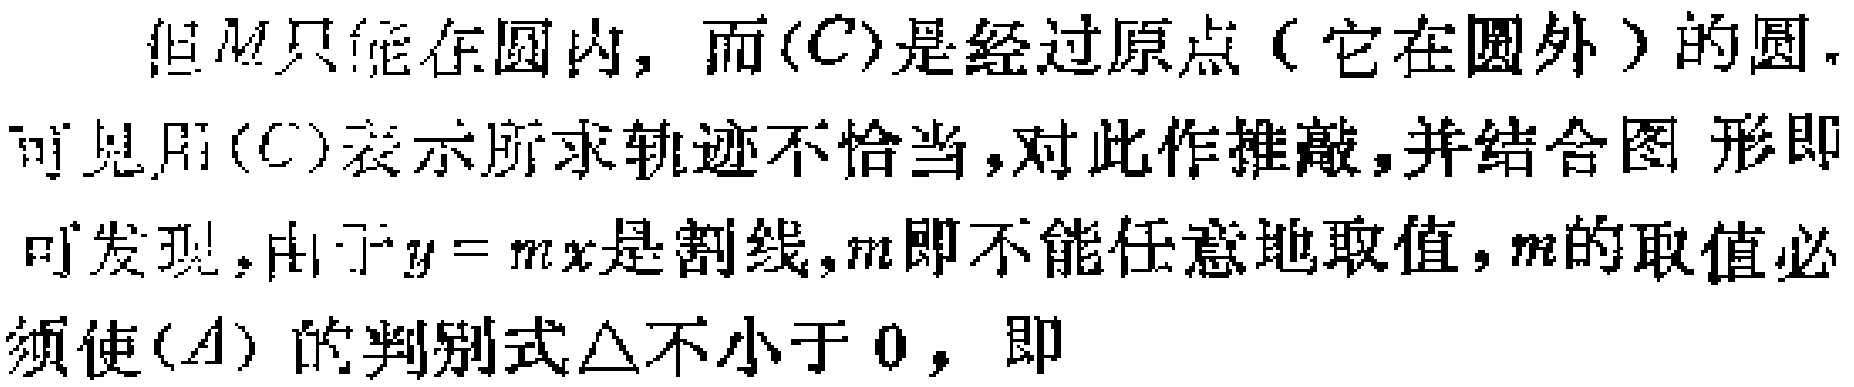
但$M$只能在圆内，而$(C)$是经过原点（它在圆外）的圆.
可见用$(C)$表示所求轨迹不恰当,对此作推敲,并结合图 形即
可发现,由于$y = mx$是割线,$m$即不能任意地取值,$m$的取值必
须使$(A)$的判别式$\triangle$不小于$0$，即